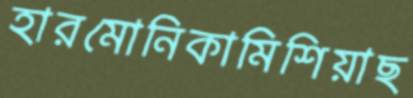
হারমোনিকামিশিয়াছ